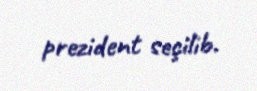
prezident seçilib.